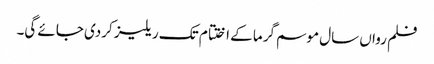
فلم رواں سال موسم گرما کے اختتام تک ریلیز کردی جائے گی۔